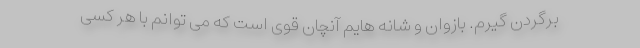
برگردن گیرم. بازوان و شانه هایم آنچان قوی است که می توانم با هر کسی